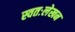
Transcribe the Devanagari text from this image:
स्वतःलेखन